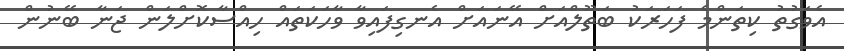
އެވަގުތު ކިތަންމެ ފަހަރަކު ބަތޫލްއަށް އޭނައަށް އެނގިފައިވާ ވާހަކަތައް ހިއްސާކޮށްލަން ޖަނާ ބޭނުން